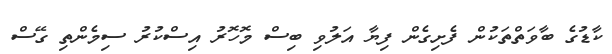
ކާޑުގެ ބާވަތްތަކުން ފެށިގެން ފިޔާ އަލުވި ބިސް މޮހޮރު އިސްކުރު ސިމެންތި ގޭސް